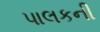
પાલકની